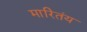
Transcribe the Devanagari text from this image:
मारितंय